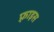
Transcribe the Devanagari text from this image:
फ़्राइस